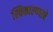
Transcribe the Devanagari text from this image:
स्विकारण्याचे